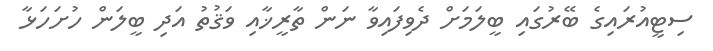
ސިޓީއުރައިގެ ބޭރުގައި ބީލަމަށް ދެވިފައިވާ ނަން ތާރީޚާއި ވަޤުތު އަދި ބީލަން ހުށަހަޅާ